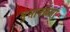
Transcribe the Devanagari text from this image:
भुसावळला